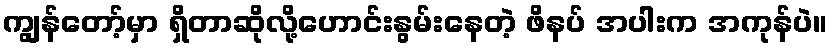
ကျွန်တော့်မှာ ရှိတာဆိုလို့ဟောင်းနွမ်းနေတဲ့ ဖိနပ် အပါးက အကုန်ပဲ။